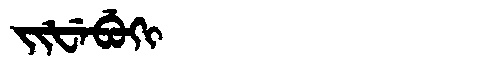
Manchu: ᠵᡳᡶᡝᠪᡠᡴᡳ
Romanization: JIFEBUKI